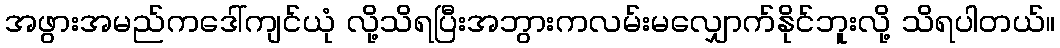
အဖွားအမည်ကဒေါ်ကျင်ယုံ လို့သိရပြီးအဘွားကလမ်းမလျှောက်နိုင်ဘူးလို့ သိရပါတယ်။